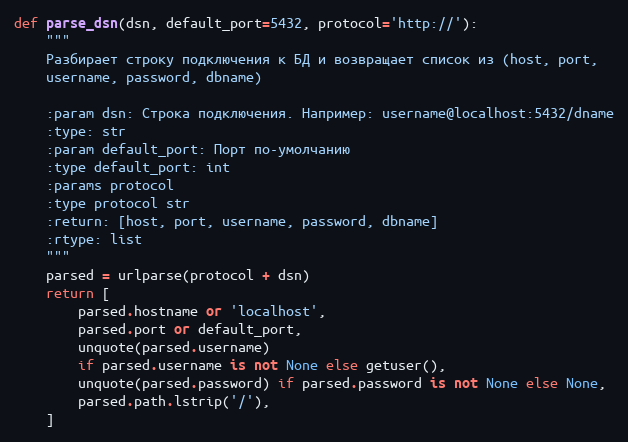
Language: Python
def parse_dsn(dsn, default_port=5432, protocol='http://'):
    """
    Разбирает строку подключения к БД и возвращает список из (host, port,
    username, password, dbname)

    :param dsn: Строка подключения. Например: username@localhost:5432/dname
    :type: str
    :param default_port: Порт по-умолчанию
    :type default_port: int
    :params protocol
    :type protocol str
    :return: [host, port, username, password, dbname]
    :rtype: list
    """
    parsed = urlparse(protocol + dsn)
    return [
        parsed.hostname or 'localhost',
        parsed.port or default_port,
        unquote(parsed.username)
        if parsed.username is not None else getuser(),
        unquote(parsed.password) if parsed.password is not None else None,
        parsed.path.lstrip('/'),
    ]